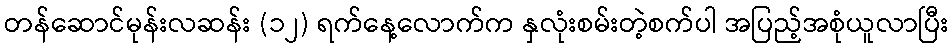
တန်ဆောင်မုန်းလဆန်း (၁၂) ရက်နေ့လောက်က နှလုံးစမ်းတဲ့စက်ပါ အပြည့်အစုံယူလာပြီး